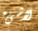
لاشىء